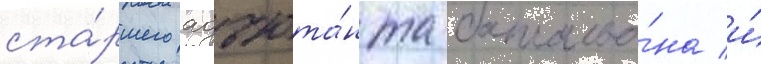
ста́ршего адъюта́нта батальо́на и́